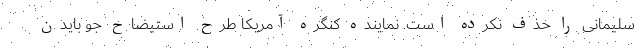
سلیمانی را حذف نکرده است. نماینده کنگره آمریکا طرح استیضاح جو بایدن